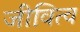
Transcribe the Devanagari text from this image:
जीवित्व